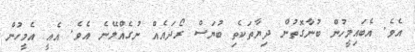
އެވެ. އެބައިމީހުން ބުނާގޮތުން ދިޔާތަކެތި ބުޔަސް ރޯދައެއް ނުގެއްލޭނެ އެވެ. އެއީ އެމީހުން